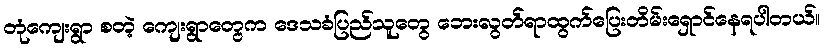
တုံကျေးရွာ စတဲ့ ကျေးရွာတွေက ဒေသခံပြည်သူတွေ ဘေးလွတ်ရာထွက်ပြေးတိမ်းရှောင်နေရပါတယ်။